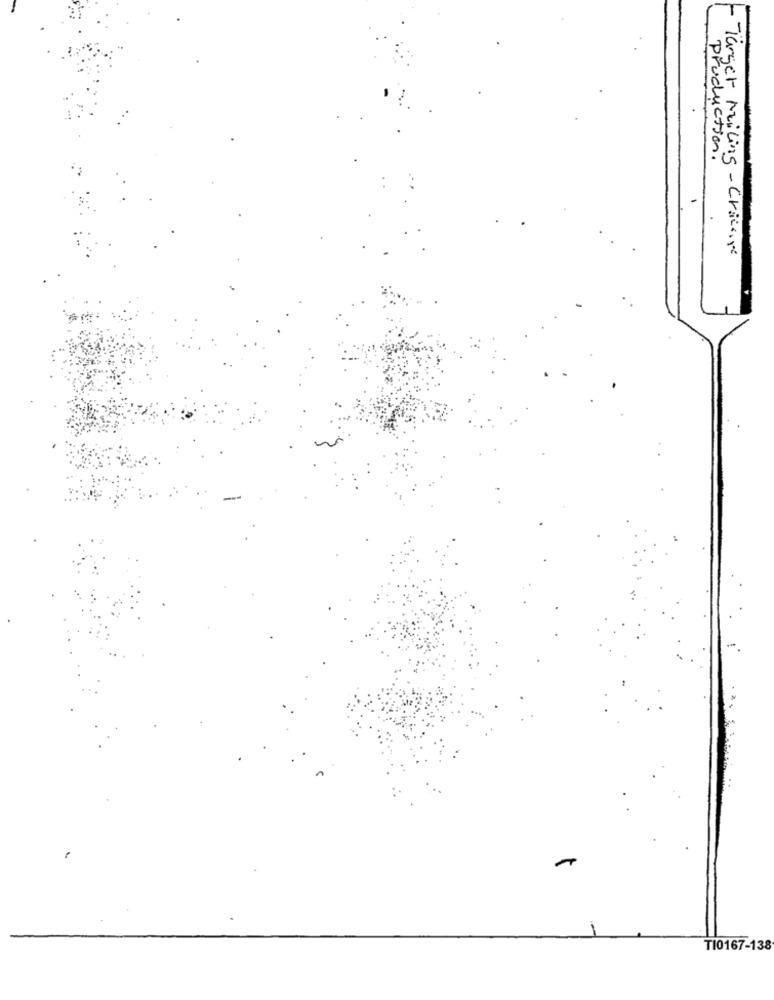
production.
-Tärger Miling-Crieare
TI0167-138